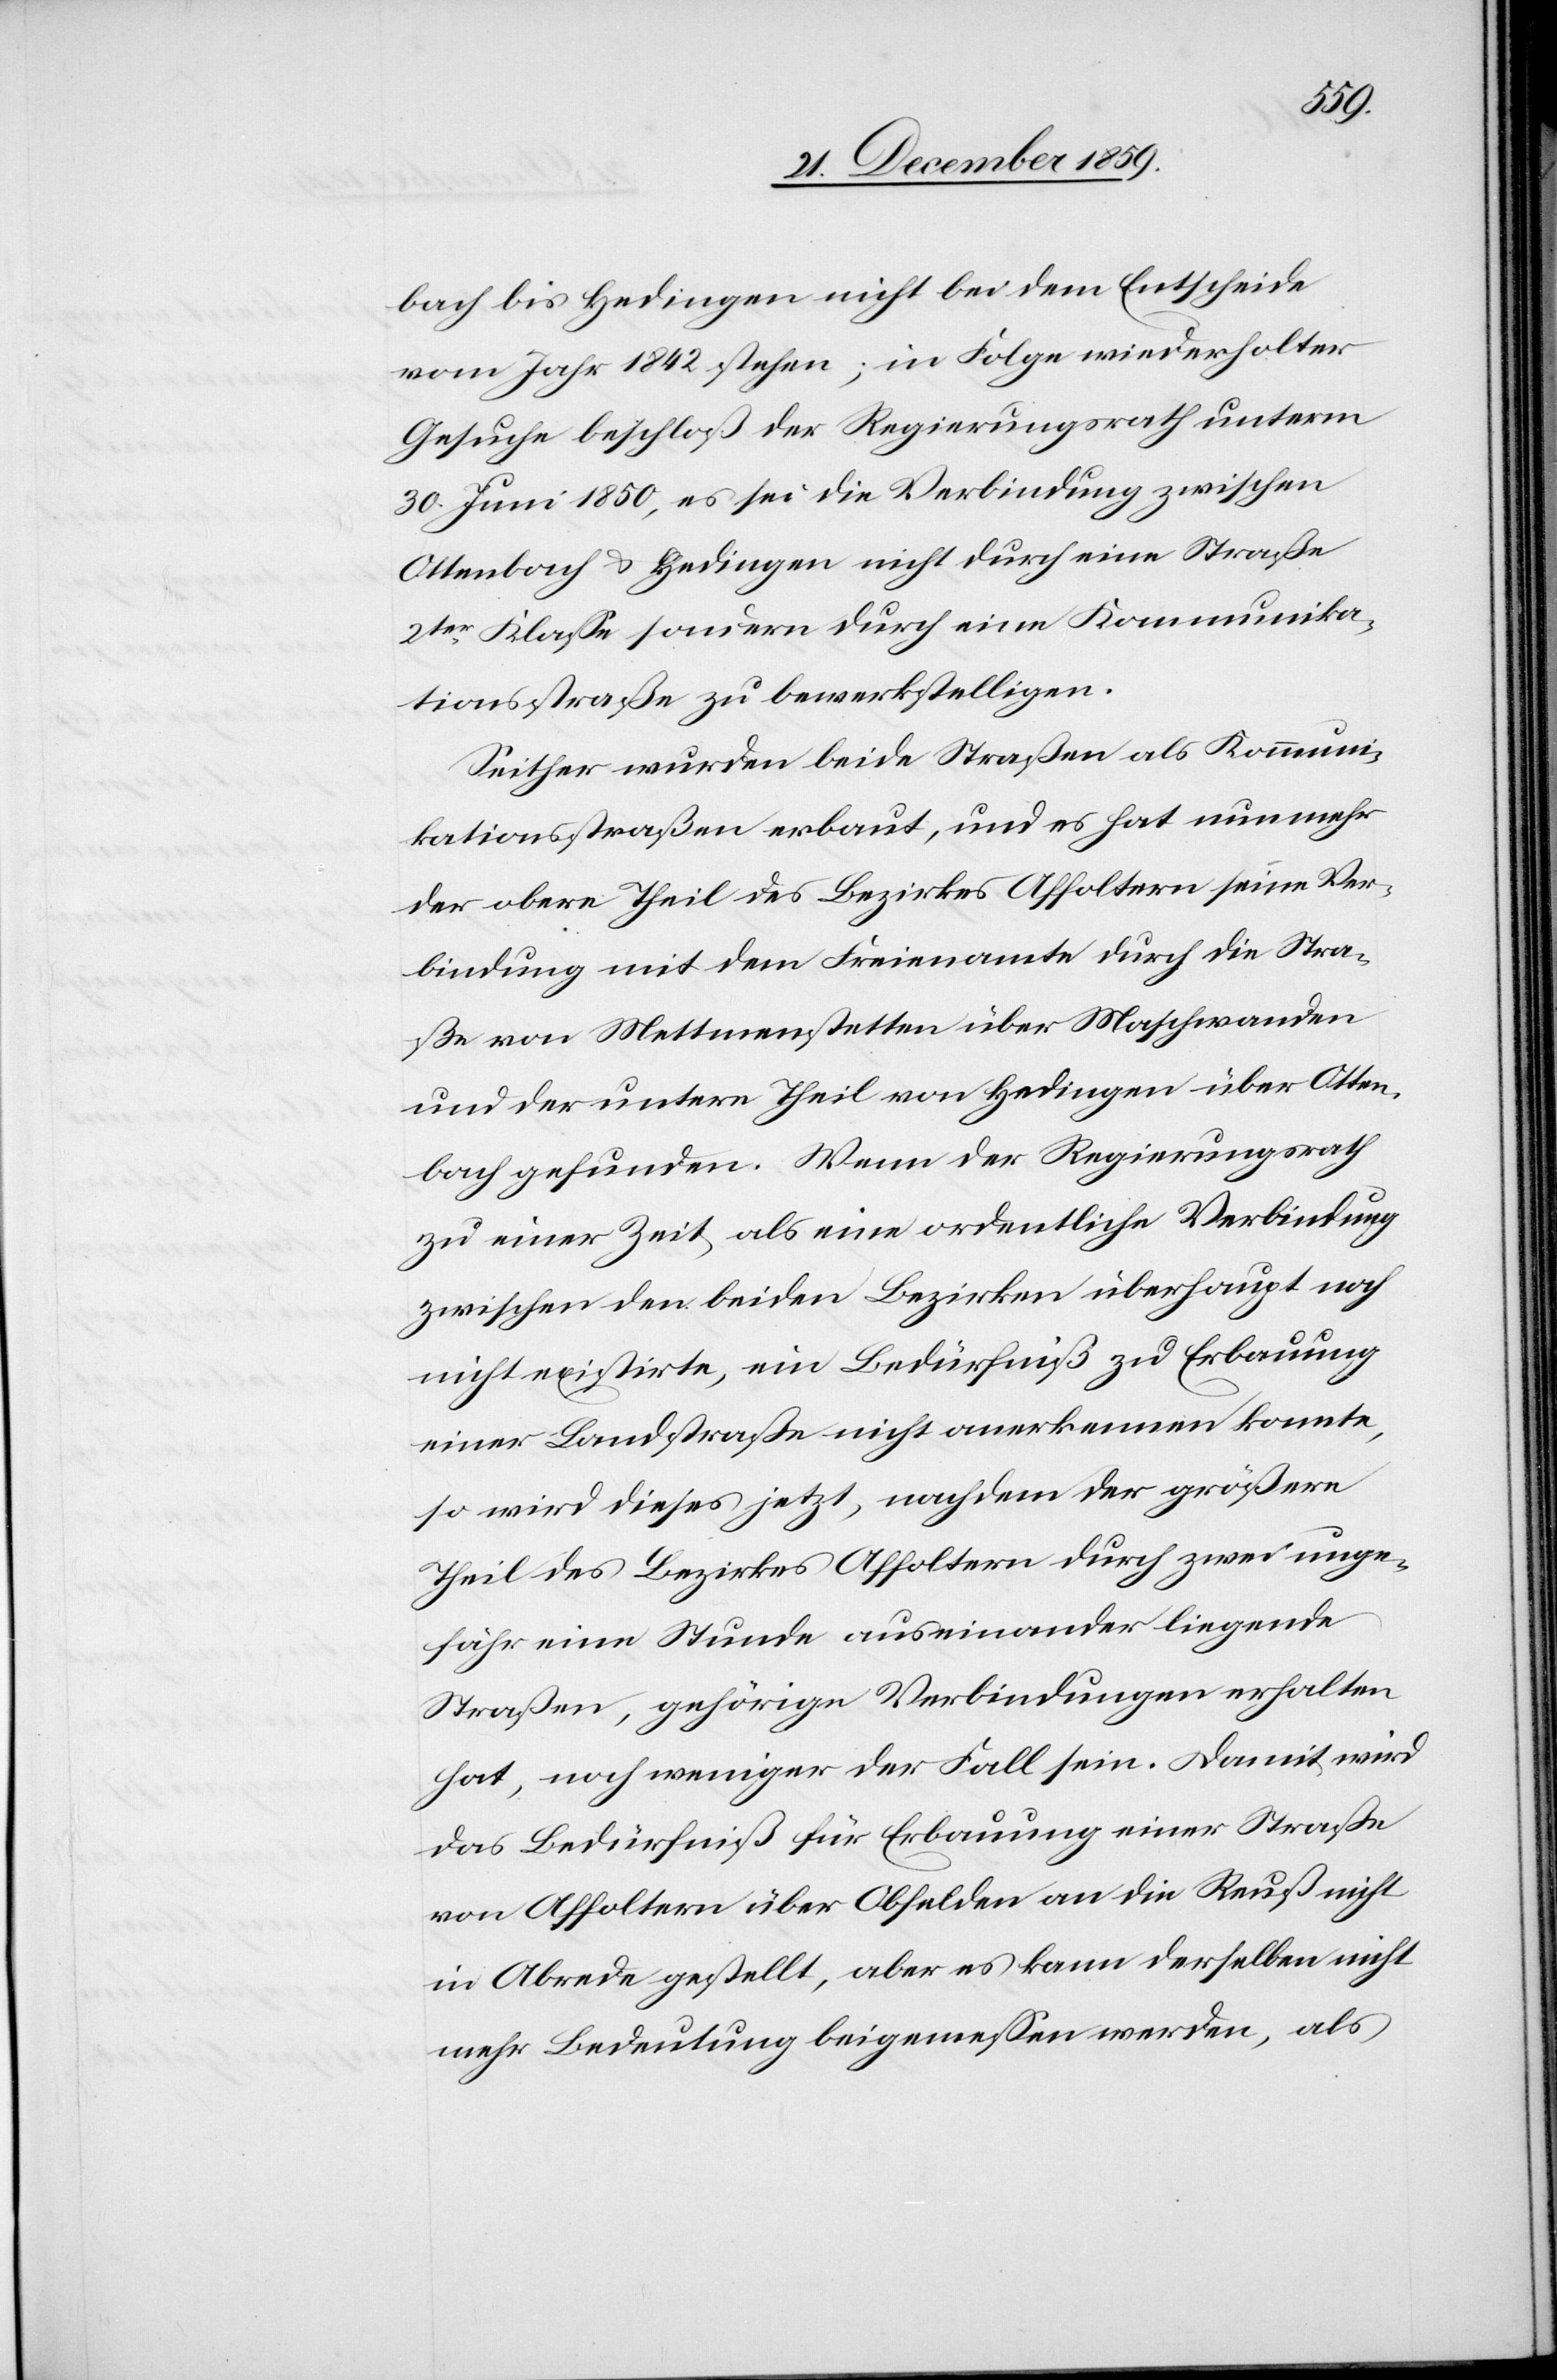
bach bis Hedingen nicht bei dem Entscheide
vom Jahr 1842 stehen; in Folge wiederholter
Gesuche beschloß der Regierungsrath unterm
30. Juni 1850, es sei die Verbindung zwischen
Ottenbach & Hedingen nicht durch eine Straße
2ter Klasse sondern durch eine Kommunika¬
tionsstraße zu bewerkstelligen.
Seither wurden beide Straßen als Kommuni¬
kationsstraßen erbaut, und es hat nunmehr
der obere Theil des Bezirkes Affoltern seine Ver¬
bindung mit dem Freienamte durch die Stra¬
ße von Mettmenstetten über Maschwanden
und der untere Theil von Hedingen über Otten¬
bach gefunden. Wenn der Regierungsrath
zu einer Zeit, als eine ordentliche Verbindung
zwischen den beiden Bezirken überhaupt noch
nicht existirte, ein Bedürfniß zu Erbauung
einer Landstraße nicht erkennen konnte,
so wird dieses jetzt, nachdem der größere
Theil des Bezirkes Affoltern durch zwei unge¬
fähr eine Stunde auseinander liegende
Straßen, gehörige Verbindung erhalten
hat, noch weniger der Fall sein. Damit wird
das Bedürfnis für Erbauung einer Straße
von Affoltern über Obfelden an die Reuß nicht
in Abrede gestellt, aber es kann derselben nicht
mehr Bedeutung beigemessen werden, als